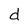
Character: d